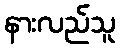
နားလည်သူ